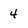
Character: 4